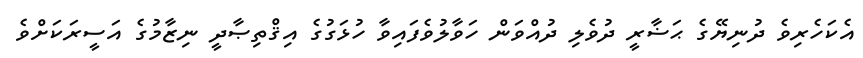
އެކަހެރިވެ ދުނިޔޭގެ ޙަޟާރީ ދުވެލި ދުއްވަން ހަވާލުވެފައިވާ ހުޅަގުގެ އިޤްތިޞާދީ ނިޒާމުގެ އަސީރަކަށްވެ